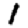
Digit: 1